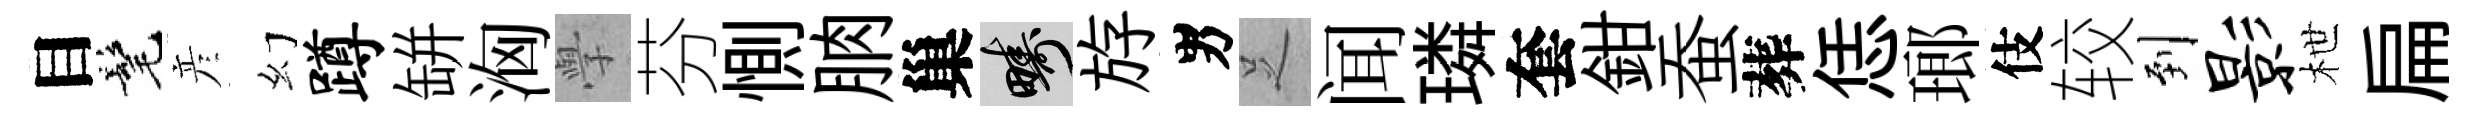
目髦彦幻蹲缾洶𭓕芬惻朒巢疇斿男𠯁闻璘套鉗蚕葬恁瑯伎较到影枻扁